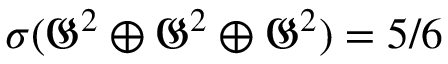
\sigma ( { \mathfrak { G } } ^ { 2 } \oplus { \mathfrak { G } } ^ { 2 } \oplus { \mathfrak { G } } ^ { 2 } ) = 5 / 6